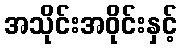
အသိုင်းအဝိုင်းနှင့်